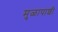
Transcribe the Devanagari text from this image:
मुळापाशी